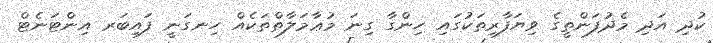
ކުދި އަދި މެދުފަންތީގެ ވިޔަފާރިތަކުގައި ހިންގާ ގިނަ މުޢާމަލާތްތަކެއް ހިނގަނީ ފައިބަރ އިންޓަނެޓް